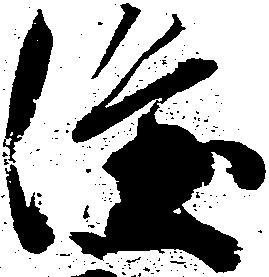
隆